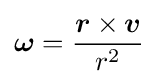
{\boldsymbol {\omega }}={\frac {{\boldsymbol {r}}\times {\boldsymbol {v}}}{r^{2}}}